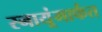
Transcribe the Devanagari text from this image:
स्नायूंमार्फत